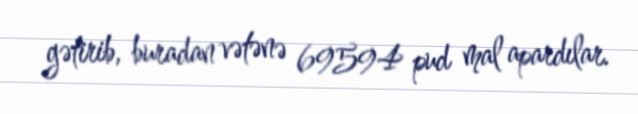
gətirib, buradan vətənə 69594 pud mal apardılar.